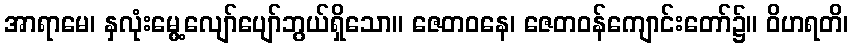
အာရာမေ၊ နှလုံးမွေ့လျော်ပျော်ဘွယ်ရှိသော။ ဇေတဝနေ၊ ဇေတဝန်ကျောင်းတော်၌။ ဝိဟရတိ၊